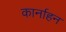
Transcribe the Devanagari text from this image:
कार्नाहन